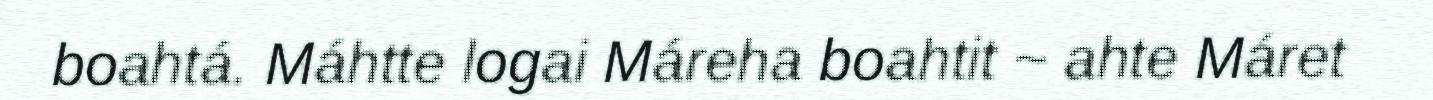
boahtá. Máhtte logai Máreha boahtit ~ ahte Máret